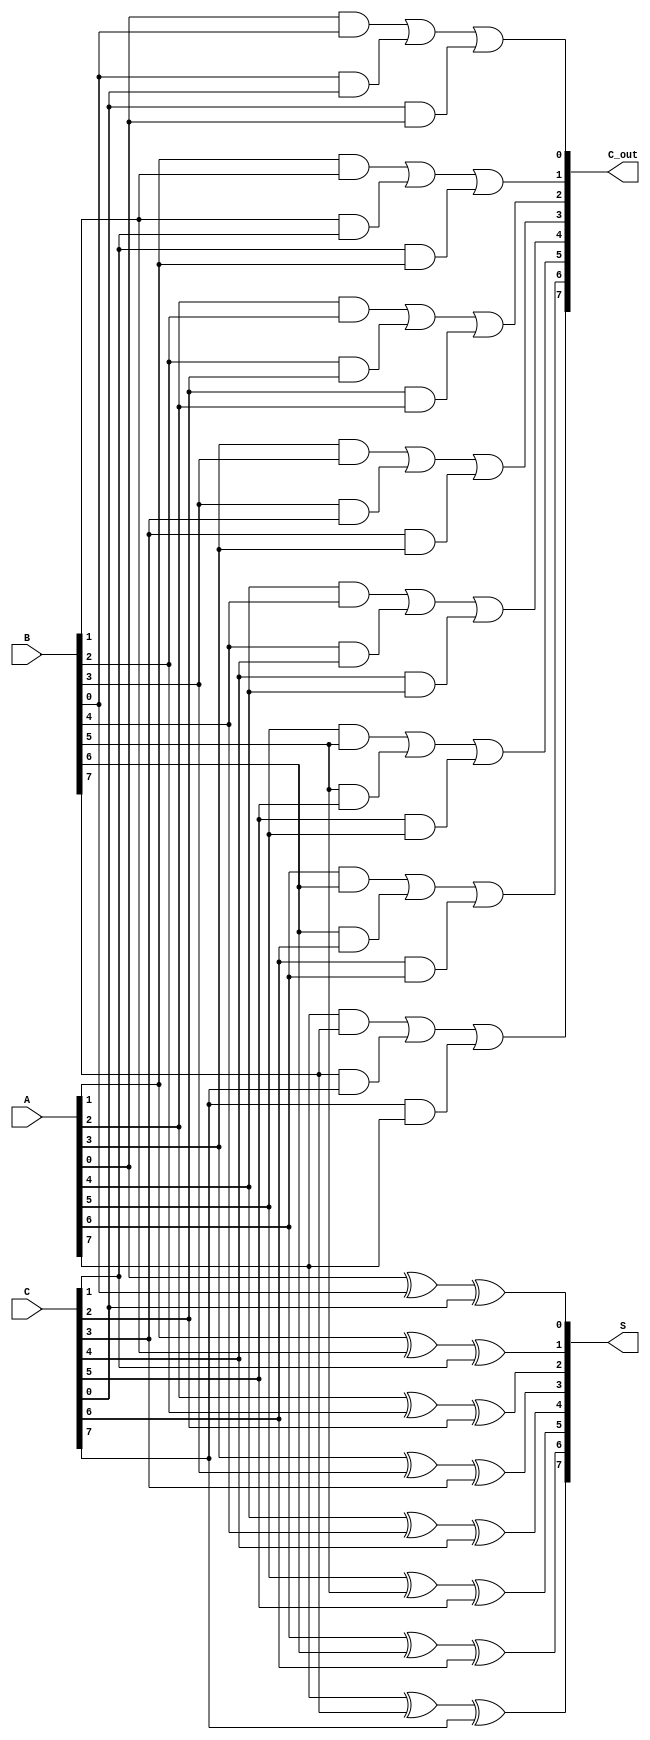
module carry_save_adder #(
    parameter n = 8  // Width of the inputs and outputs
) (
    input  wire [n-1:0] A,   // First input
    input  wire [n-1:0] B,   // Second input
    input  wire [n-1:0] C,   // Third input
    output wire [n-1:0] S,   // Sum output
    output wire [n-1:0] C_out // Carry output
);
    
    // Generate sum and carry outputs for each bit position
    genvar i;
    generate
        for (i = 0; i < n; i = i + 1) begin : CSA_bits
            // Compute sum bit
            assign S[i] = A[i] ^ B[i] ^ C[i];
            // Compute carry bit
            assign C_out[i] = (A[i] & B[i]) | (B[i] & C[i]) | (C[i] & A[i]);
        end
    endgenerate

endmodule